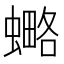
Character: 𧐣